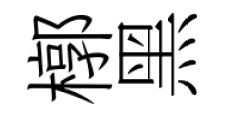
槨黑